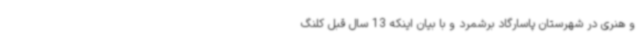
و هنری در شهرستان پاسارگاد برشمرد و با بیان اینکه 13 سال قبل کلنگ